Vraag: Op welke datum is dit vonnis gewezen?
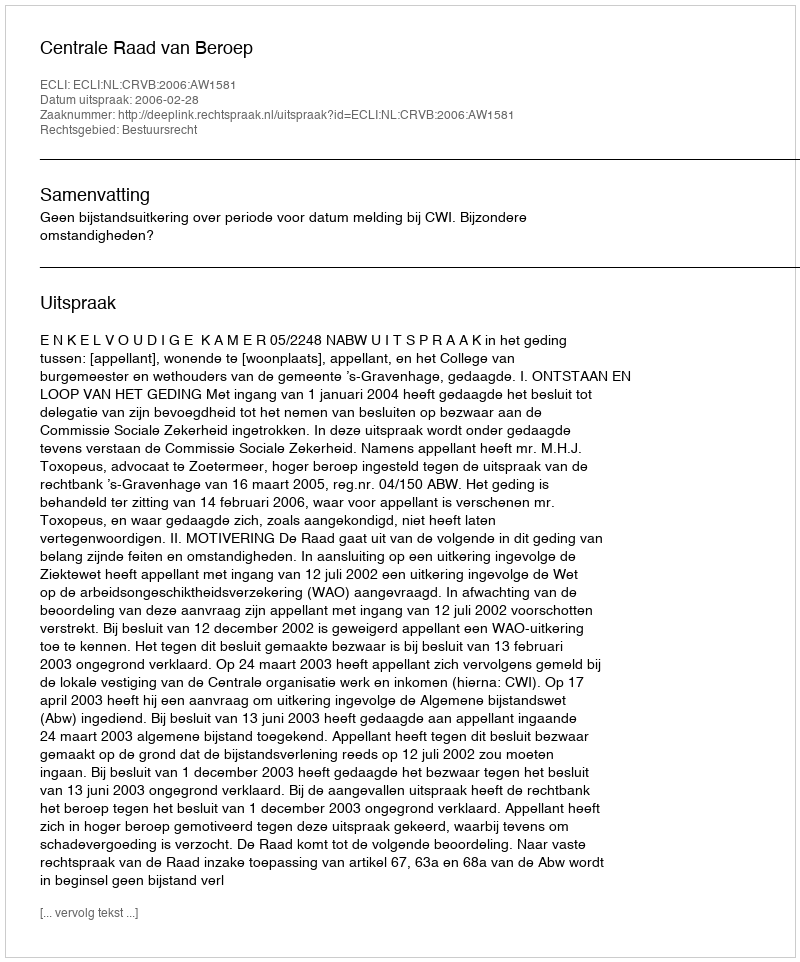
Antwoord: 2006-02-28